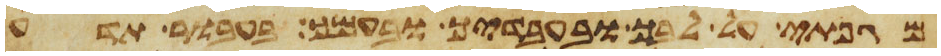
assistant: מגפתי על לבך ובעבדיך ובעמך בעבור תדע